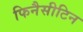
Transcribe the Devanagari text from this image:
फिनैसीटिन